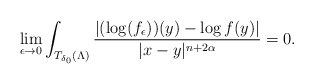
\begin{align*}\lim\limits_{\epsilon\to0}\int_{T_{\delta_0}(\Lambda)}\frac{|(\log (f_{\epsilon}))(y)-\log f(y)|}{|x-y|^{n+2\alpha}}=0.\end{align*}